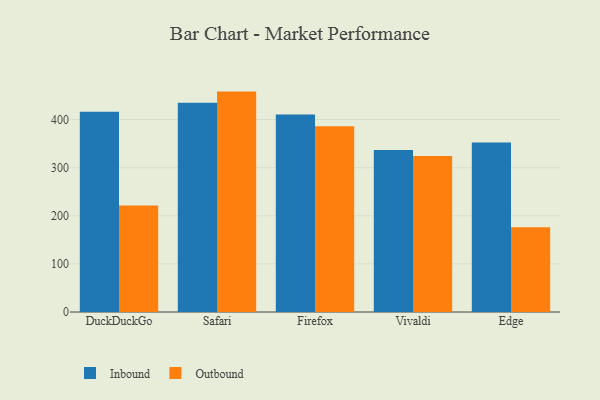
{"axis": {"x": "Browser", "y": "Production Output"}, "legend": ["Inbound", "Outbound"], "data": [{"x": "DuckDuckGo", "y": 416.1, "type": "Inbound"}, {"x": "DuckDuckGo", "y": 221.3, "type": "Outbound"}, {"x": "Safari", "y": 435.0, "type": "Inbound"}, {"x": "Safari", "y": 458.1, "type": "Outbound"}, {"x": "Firefox", "y": 410.4, "type": "Inbound"}, {"x": "Firefox", "y": 385.9, "type": "Outbound"}, {"x": "Vivaldi", "y": 336.7, "type": "Inbound"}, {"x": "Vivaldi", "y": 324.3, "type": "Outbound"}, {"x": "Edge", "y": 352.2, "type": "Inbound"}, {"x": "Edge", "y": 176.2, "type": "Outbound"}]}